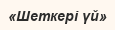
«Шеткері үй»